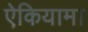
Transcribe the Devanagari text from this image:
ऐकियामा